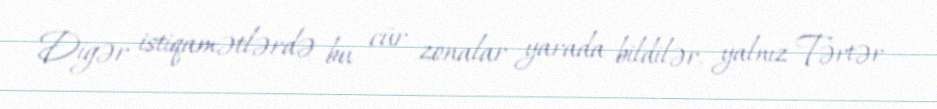
Digər istiqamətlərdə bu cür zonalar yarada bildilər, yalnız Tərtər